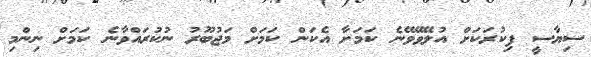
ސިޔާސީ ފިކުރަކަށް އުލޭވޭވޭނެ ކަމަށާ އެކަން ކަމަށް މަޖުބޫރު ނުކުރައްވާނެ ކަމަށް ނިންމި